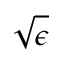
\sqrt \epsilon